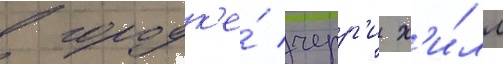
в городк'е́ черр'и х'и́лл